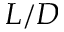
L / D